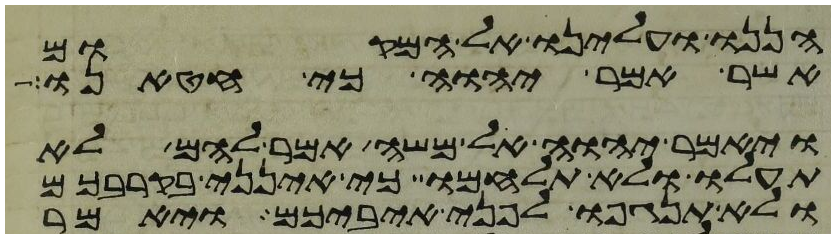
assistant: הננו ועלינו אל המקום
אשר אמר יהוה כי חטאנו
ויאמר יהוה אל משה אמר להם לא
תעלו ולא תלחמו כי אינני בקרבכם
ולא תנגפו לפני איביכם ויאמר